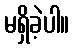
မရှိခဲ့ပါ။